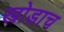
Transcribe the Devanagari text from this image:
खोडाच